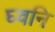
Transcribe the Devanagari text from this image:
घ्वनि